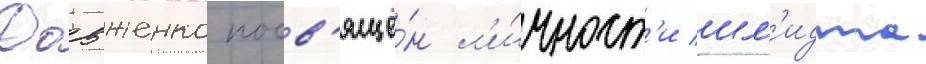
Довженко посв'ящё́н л'и́чност'и шм'идта